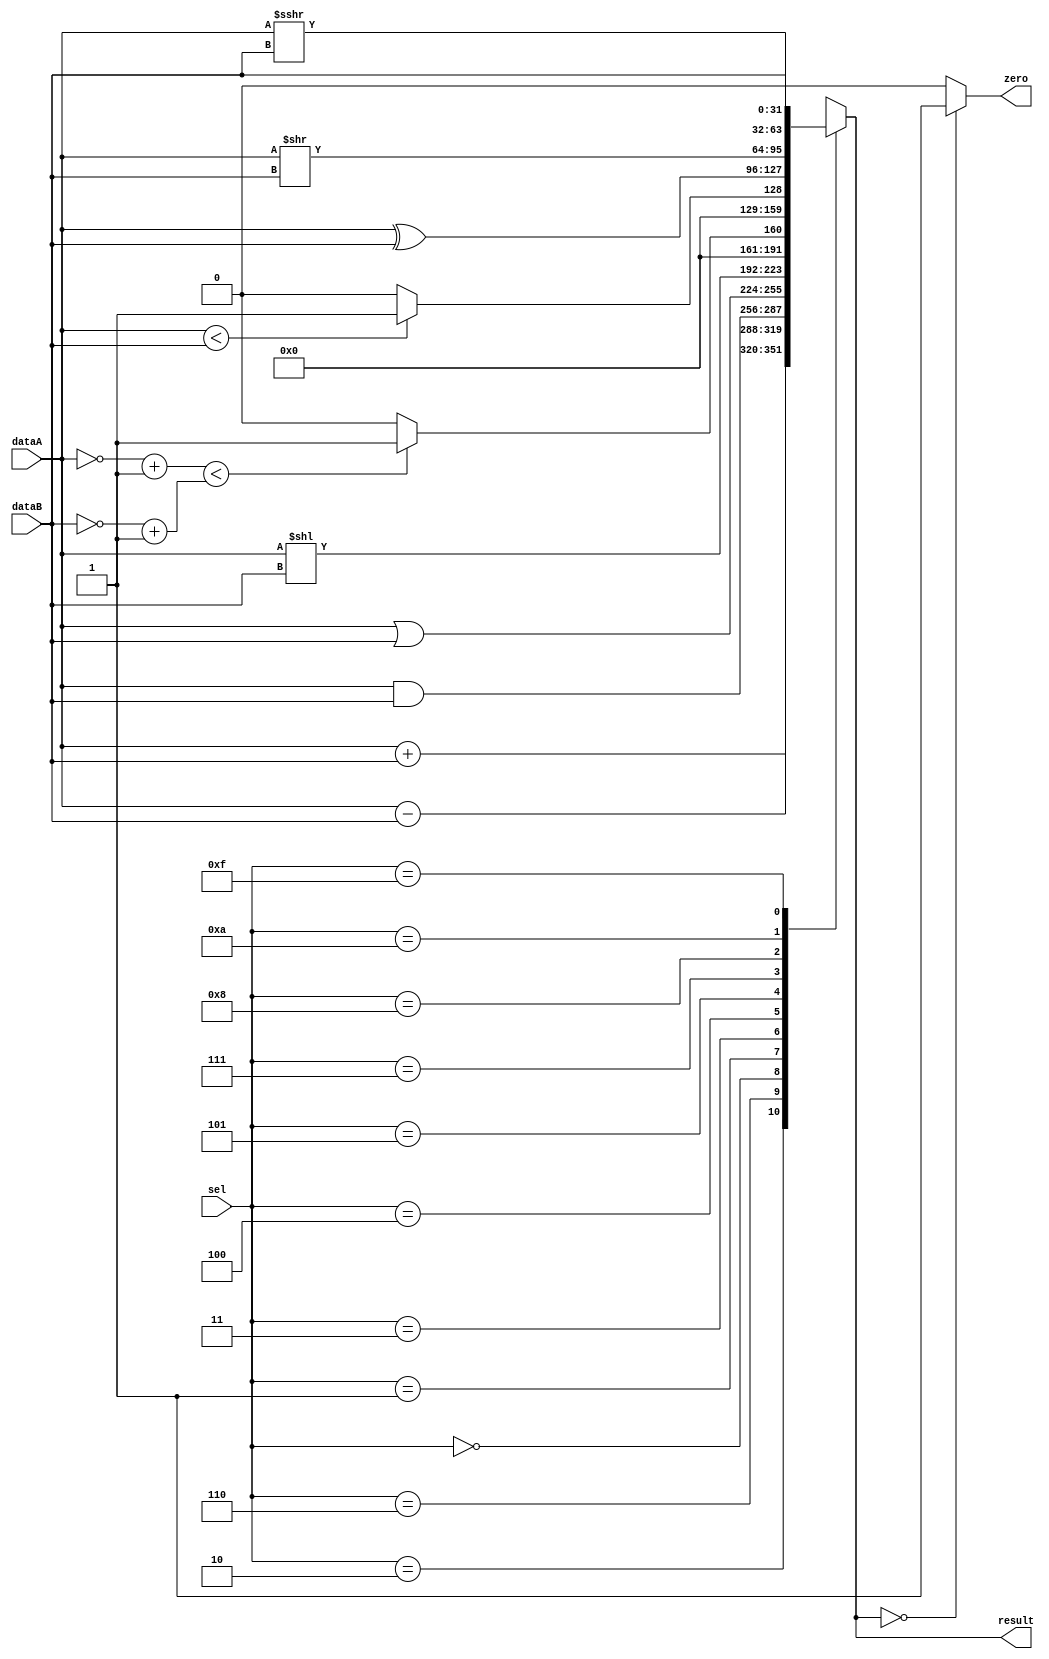
`timescale 1ns / 1ps
//////////////////////////////////////////////////////////////////////////////////
// Company: 
// Engineer: 
// 
// Design Name: 
// Module Name: ALU
// Project Name: 
// Target Devices: 
// Tool Versions: 
// Description: 
// 
// Dependencies: 
// 
// Revision:
// Revision 0.01 - File Created
// Additional Comments:
// 
//////////////////////////////////////////////////////////////////////////////////


module ALU(
input [31:0] dataA,
input [31:0] dataB,
input [3:0] sel,
output reg [31:0] result,
output zero
);
always @(*) begin
    case (sel)
        4'b0010: result = dataA + dataB;            //add, addi
        4'b0110: result = dataA - dataB;            //sub
        4'b0000: result = dataA & dataB;            //and, andi
        4'b0001: result = dataA | dataB;            //or, ori
        4'b0011: result = dataA << dataB;           //sll, slli
        4'b0100: begin                              //slt, slti
                     if((~dataA+1) < (~dataB+1)) result = 1;
                     else result = 0;
                 end
        4'b0101: begin                              //sltu, sltiu
                    if(dataA < dataB) result = 1;
                    else result = 0;
                 end 
        4'b0111: result = dataA ^ dataB;            //xor, xori
        4'b1000: result = dataA >> dataB;           //srl, srli
        4'b1010: result = dataA >>> dataB;          //sra, srai
        4'b1111: result = dataB;                    //lui
        default: result = 32'hxxxxxxxx;
    endcase
end 
assign zero = (!result) ? 1 : 0;
endmodule